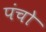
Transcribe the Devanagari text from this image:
पंचो